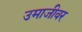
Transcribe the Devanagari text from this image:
उमाजीवर